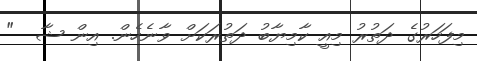
މިފަހަރުގެ ދަތުރު މިއީ ކާމިޔާބު ދަތުރަކަށް ވާނެހެން. އިން ޝާ  "